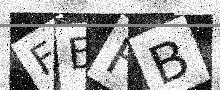
Text: FEFB